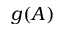
g ( A )